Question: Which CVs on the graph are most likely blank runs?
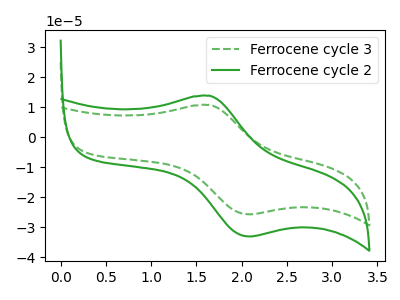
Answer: <think>The green dashed curve "Ferrocene cycle 3" has an anodic peak at (1.65V, 10.70uA) and a cathodic peak at (2.10V, -25.70uA). The green curve "Ferrocene cycle 2" has an anodic peak at (1.65V, 13.80uA) and a cathodic peak at (2.10V, -33.10uA).</think>
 <answer>There are not any CV's on this graph that are likely to be blanks.</answer>
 <eval>none</eval>